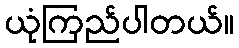
ယုံကြည်ပါတယ်။